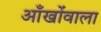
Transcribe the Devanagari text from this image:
आँखोंवाला